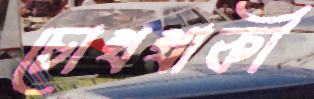
চোখখাকী